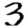
Digit: 3